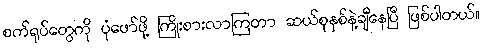
စက်ရုပ်တွေကို ပုံဖော်ဖို့ ကြိုးစားလာကြတာ ဆယ်စုနှစ်နဲ့ချီနေပြီ ဖြစ်ပါတယ်။